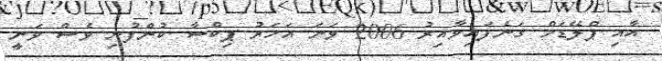
އާއި ޕްލޭޑަމް ގަނެފައިވާއިރު 2006 ވަނަ އަހަރު ޕިކްސާ ކުންފުނި ވެސް ވަނީ